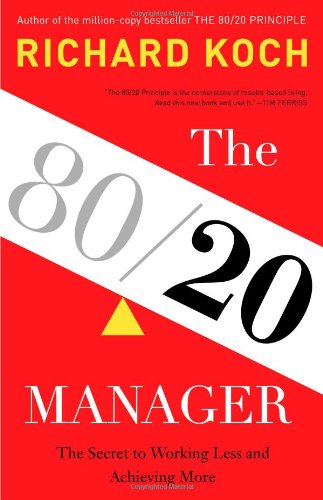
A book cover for The 80/20 Manager: The Secret to Working Less and Achieving More; Richard Koch; Business & Money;